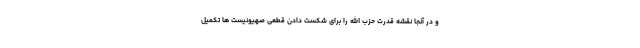
و در آنجا نقشه قدرت حزب الله را برای شکست دادن قطعی صهیونیست ها تکمیل